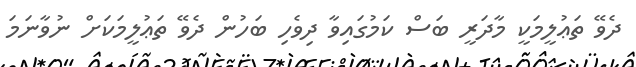
ދެވޭ ތަޢުލީމަކީ މާދަރީ ބަސް ކަމުގައިވާ ދިވެހި ބަހުން ދެވޭ ތަޢުލީމަކަށް ނުވާނަމަ